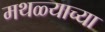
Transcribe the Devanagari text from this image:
मथळ्याच्या